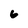
Character: 6